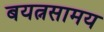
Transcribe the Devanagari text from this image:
बयत्नसामय